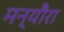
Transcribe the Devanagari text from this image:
मन्यौरा